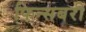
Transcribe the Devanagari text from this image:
फिन्सबरी